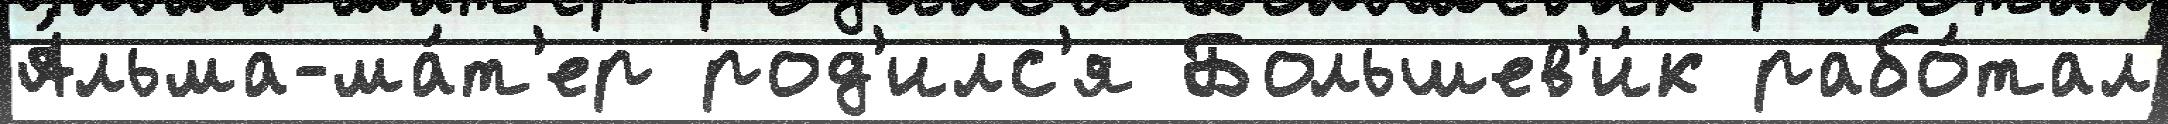
А́льма-ма́т'ер род'илс'я Большев'и́к рабо́тал